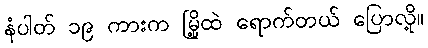
နံပါတ် ၁၉ ကားက မြို့ထဲ ရောက်တယ် ပြောလို့။